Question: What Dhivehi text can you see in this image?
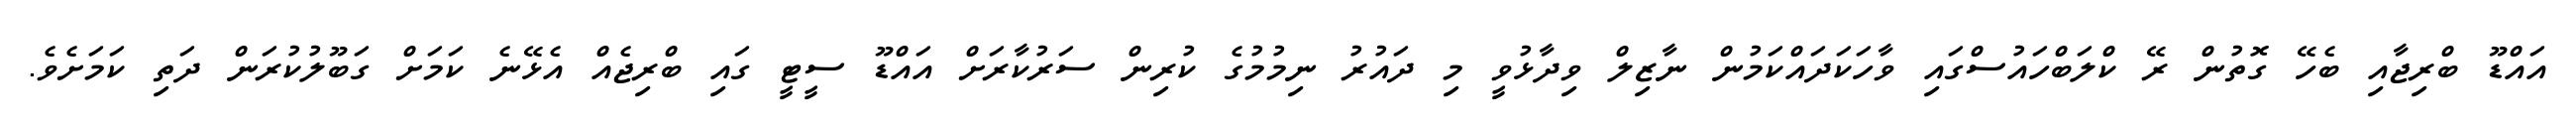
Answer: އައްޑޫ ބްރިޖާއި ބެހޭ ގޮތުން ރޭ ކްލަބްހައުސްގައި ވާހަކަދައްކަމުން ނާޒިލް ވިދާޅުވީ މި ދައުރު ނިމުމުގެ ކުރިން ސަރުކާރަށް އައްޑޫ ސީޓީ ގައި ބްރިޖެއް އެޅޭނެ ކަމަށް ގަބޫލުކުރަން ދަތި ކަމަށެވެ.